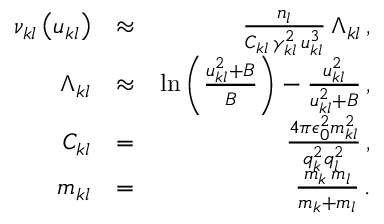
\begin{array} { r l r } { \nu _ { k l } \left( u _ { k l } \right) } & { \approx } & { \frac { n _ { l } } { C _ { k l } \, \gamma _ { k l } ^ { 2 } \, u _ { k l } ^ { 3 } } \, \Lambda _ { k l } \, , } \\ { \Lambda _ { k l } } & { \approx } & { \ln \left( \frac { u _ { k l } ^ { 2 } + B } { B } \right) - \frac { u _ { k l } ^ { 2 } } { u _ { k l } ^ { 2 } + B } \, , } \\ { C _ { k l } } & { = } & { \frac { 4 \pi \epsilon _ { 0 } ^ { 2 } m _ { k l } ^ { 2 } } { q _ { k } ^ { 2 } q _ { l } ^ { 2 } } \, , } \\ { m _ { k l } } & { = } & { \frac { m _ { k } \, m _ { l } } { m _ { k } + m _ { l } } \, . } \end{array}